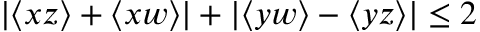
| \langle x z \rangle + \langle x w \rangle | + | \langle y w \rangle - \langle y z \rangle | \le 2